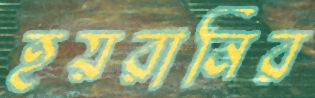
হয়রানির